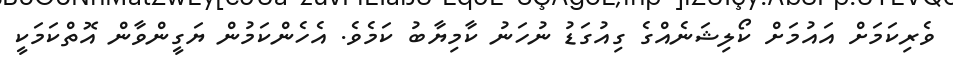
ވެރިކަމަށް އައުމަށް ކޯލިޝަނެއްގެ ގިއުގަޑު ނުހަނު ކާމިޔާބު ކަމެވެ. އެހެންކަމުން ޔަގީންވާން އޮތްކަމަކީ